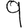
Digit: 9